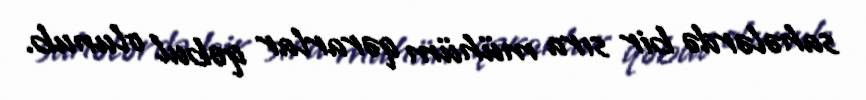
sahələrdə bir sıra mühüm qərarlar qəbul olunub.